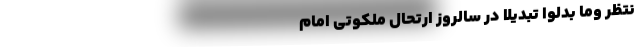
َنْتَظِرُ وَمَا بَدَّلُوا تَبْدِیلًا در سالروز ارتحال ملکوتی امام